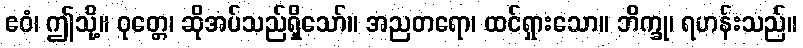
ဧဝံ၊ ဤသို့။ ဝုတ္တေ၊ ဆိုအပ်သည်ရှိသော်။ အညတရော၊ ထင်ရှားသော။ ဘိက္ခု၊ ရဟန်းသည်။